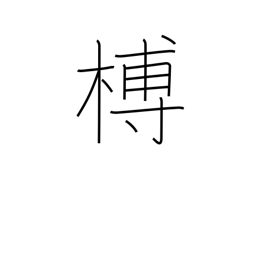
Meaning: unbarked lumber